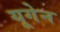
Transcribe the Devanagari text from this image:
यूगेन